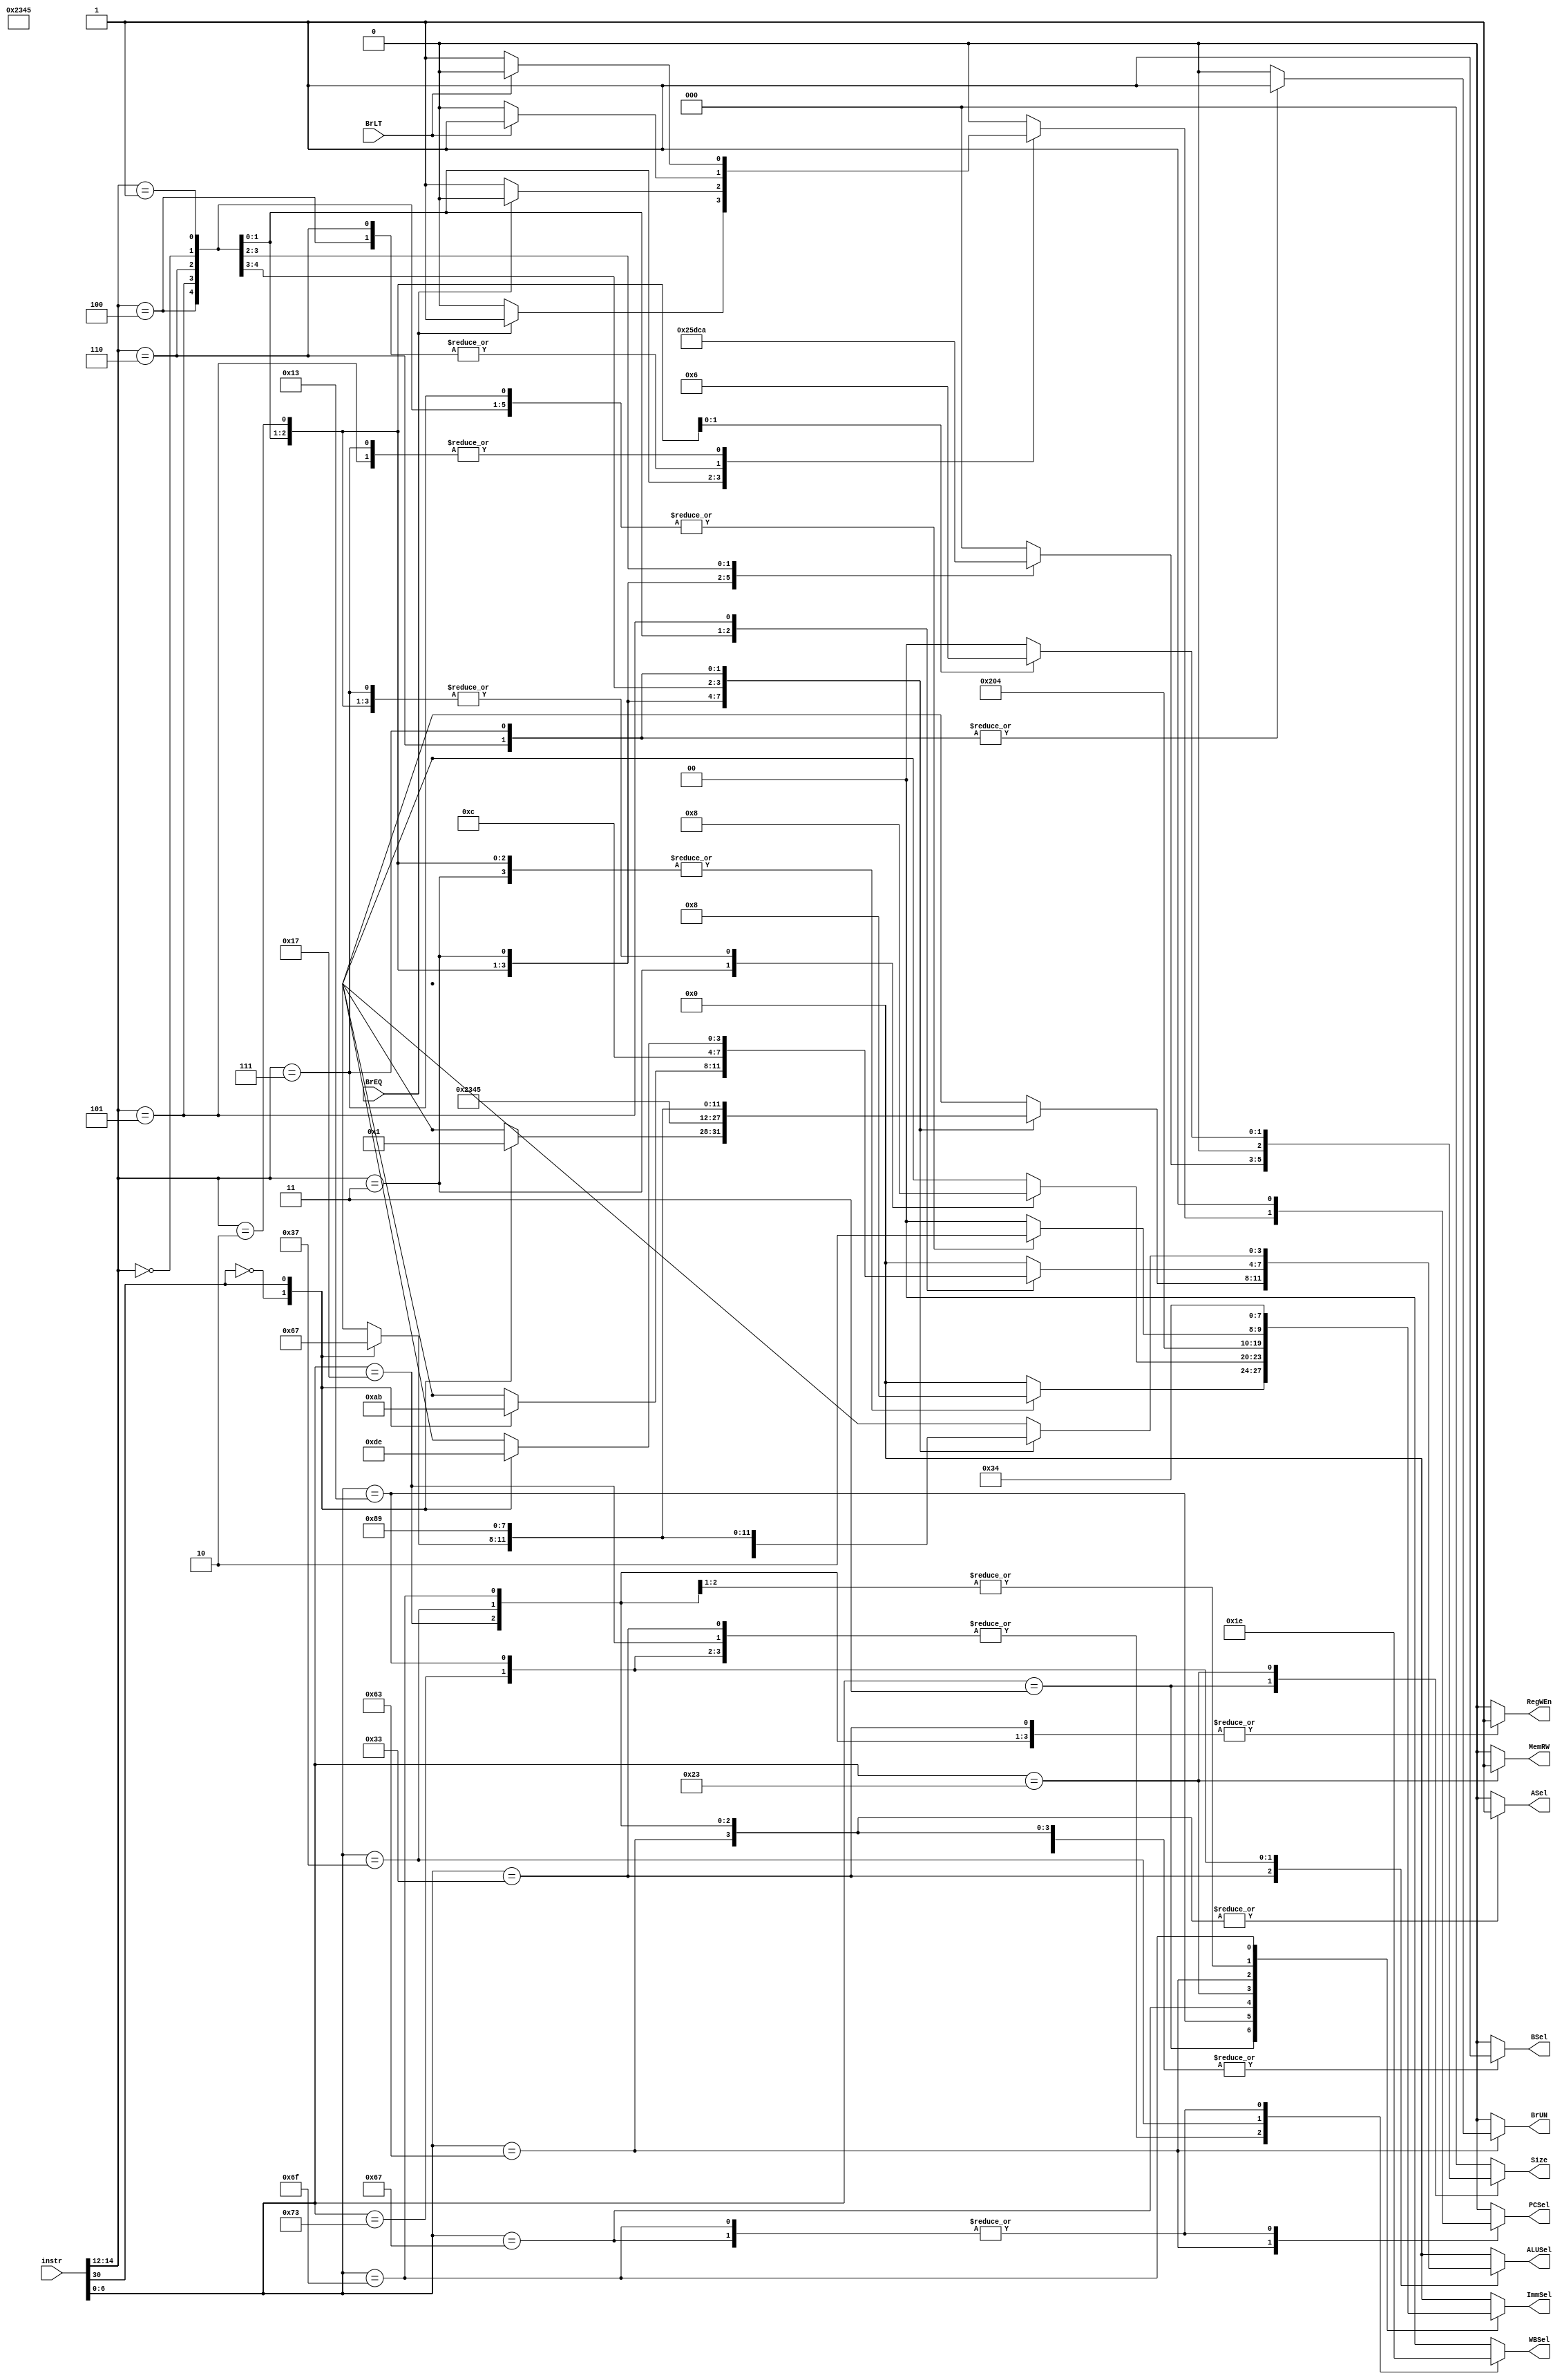
module controller
#(
  parameter integer AWIDTH=32,
  parameter integer DWIDTH=32
 )
 (
   
  input                 BrEQ,
  input                 BrLT,
  input  [DWIDTH-1:0]   instr  ,
  output     reg           PCSel,
  output     reg [3:0]      ImmSel,
  output      reg          RegWEn,
  output      reg          BrUN,
  output    reg            ASel,
  output     reg           BSel,
  output  reg [3:0]        ALUSel,
  output   reg             MemRW,
  output    reg   [1:0]     WBSel,
  output reg [2:0]          Size

 );
 localparam  rtype1 = 7'b0110011, rtype2 = 7'b01110011, itype1 = 7'b0000011 , itype2 = 7'b0001111, itype3 = 7'b0010011,
                  itype4 = 7'b0011011 ,itype5 = 7'b1100111 , itype6 = 7'b1110011, stype = 7'b0100011, sbtype = 7'b1100011, utype1 = 7'b0010111,
                  utype2 = 7'b0110111, ujtype = 7'b1101111 ;


  //for ALUSel
  localparam  add=4'b0000 , sub=4'b0001 , sll=4'b0010 , slt=4'b0011 , sltu=4'b0100 ,
                   xorr=4'b0101 , srl=4'b0110 , sra=4'b0111 , orr=4'b1000 , andd=4'b1001 ,
                   addw=4'b1010 ,subw=4'b1011 ,sllw=4'b1100 ,srlw=4'b1101 ,sraw=4'b1110 ;
  reg [6:0] opcode;
  reg [2:0] func3;
  reg [6:0] func7;
always @ (*) begin
  opcode <= instr [6:0];
  func3 <= instr [14:12];
  func7 <= instr [31:25];
  case (opcode)
    rtype1: begin
      case (func3)
        3'b000: begin
          case (func7[5])
            1'b0:  ALUSel <= add;
            1'b1:  ALUSel <= sub;
          endcase
        end
        3'b001: begin
          ALUSel <= sll;
        end
        3'b010: begin
          ALUSel <= slt;
        end
        3'b011: begin
          ALUSel <= sltu;
        end 
        3'b100: begin
          ALUSel <= xorr;
        end
        3'b101: begin
          case (func7[5])
            1'b0:  ALUSel <= srl;
            1'b1:  ALUSel <= sra;
          endcase
        end
        3'b110: begin
          ALUSel <= orr;
        end
        3'b111: begin
          ALUSel <= andd;
        end
      endcase
      {PCSel,ImmSel,RegWEn,BrUN,ASel,BSel,MemRW,WBSel,Size} <= { 1'b0,{4'b0000},1'b1,1'b0,1'b0,1'b0,1'b0,{2'b01},{3'b000} };
    end
    rtype2: begin
      case (func3)
        3'b000: begin
          case (func7[5])
            1'b0:  ALUSel <= addw;
            1'b1:  ALUSel <= subw;
          endcase
        end
        3'b001: begin
          ALUSel <= sllw;
        end
        3'b101: begin
          case (func7[5])
            1'b0:  ALUSel <= srlw;
            1'b1:  ALUSel <= sraw;
          endcase
        end
        default: begin
            ALUSel <= add;
        end
      endcase
    {PCSel,ImmSel,RegWEn,BrUN,ASel,BSel,MemRW,WBSel,Size} <= { 1'b0,{4'b0000},1'b1,1'b0,1'b0,1'b0,1'b0,{2'b01} ,{3'b000}};
    end
    itype1: begin
      case (func3)
        3'b000: begin
          ImmSel <= 4'b1000;
          Size   <= 3'b100;
        end
        3'b001: begin
          ImmSel <= 4'b1000;
          Size   <= 3'b101;
        end
        3'b010: begin
          ImmSel <= 4'b1000;
          Size   <= 3'b110;
        end
        3'b011: begin
          ImmSel <= 4'b1000;
          Size   <= 3'b111;
        end 
        3'b100: begin
          ImmSel <= 4'b0000;
          Size   <= 3'b000;
        end
        3'b101: begin
          ImmSel <= 4'b0000;
          Size   <= 3'b001;
        end
        3'b110: begin
          ImmSel <= 4'b0000;
          Size   <= 3'b010;
        end
        default: begin
          ImmSel <= 4'b0000;
          Size   <= 3'b000; 
        end
      endcase
      {PCSel,RegWEn,BrUN,ASel,BSel,MemRW,WBSel,ALUSel} <= { 1'b0,1'b1  ,1'b0,1'b0,1'b1,1'b0,2'b00, 4'b0000 };
    end
    //not to be implemented 
    // itype2: begin
      
    // end
    itype3: begin
      case (func3)
        3'b000: begin
          ImmSel <= 4'b1000;
          ALUSel <= 4'b0000;
        end
        3'b001: begin
          ImmSel <= 4'b1000;
          ALUSel <= 4'b0010;
        end
        3'b010: begin
          ImmSel <= 4'b1000;
          ALUSel <= 4'b0011;
        end
        3'b011: begin
          ImmSel <= 4'b0000;
          ALUSel <= 4'b0100;
        end 
        3'b100: begin
          ImmSel <= 4'b1000;
          ALUSel <= 4'b0101;
        end
        3'b101: begin
          ImmSel <= 4'b1000;
          case (func7[5]) 
            1'b0: ALUSel <= 4'b0110;
            1'b1: ALUSel <= 4'b0111;
          endcase
        end
        3'b110: begin
          ImmSel <= 4'b1000;
          ALUSel <= 4'b1000;
        end
        3'b111: begin
          ImmSel <= 4'b1000;
          ALUSel <= 4'b1001;
        end
        default: begin
            ImmSel <= 4'b0000;
            ALUSel <= 4'b0000;
        end
      endcase
      //other control signals will be same
      {PCSel,RegWEn,BrUN,ASel,BSel,MemRW,WBSel , Size} <=  { 1'b0,1'b1,  1'b0,1'b0,1'b1,1'b0, {2'b01}, {3'b000}};
    end
    //Not to be implemented at the moment
    // itype4: begin
      
    // end
    itype5: begin
      PCSel <= 1'b1;
      RegWEn<= 1'b1;
      BrUN  <= 'b0;
      ASel  <= 1'b0;
      BSel  <= 1'b1;
      MemRW <= 1'b0;
      WBSel <= 2'b10;
      Size  <= 'b0;
      ALUSel<= 4'b0000;
      ImmSel<= 4'b1000;
    end
    //Not to be implemented
    // itype6: begin
      
    // end
    //Store
    stype: begin
      case (func3)
        3'b000: begin
          Size <= 3'b000;
        end
        3'b001: begin
          Size <= 3'b001;
        end
        3'b010: begin
          Size <= 3'b010;
        end
        //Store Double Word (Not to be implemented)
        3'b011: begin
          Size <= 3'b000;   //Dummy
        end 
        default: begin
            Size = 3'b000;
        end
      endcase
      MemRW <= 1'b1;
      ALUSel<= 4'b0000;
      PCSel <= 1'b0;
      ImmSel<= 4'b0001;
      BSel  <= 1'b1;
      ASel  <= 1'b0;
      WBSel <= 2'b00;
      RegWEn<= 1'b0;
      BrUN  <= 1'b0;
    end
    sbtype: begin
      RegWEn<= 1'b0;
      MemRW <= 1'b0;
      ALUSel<= 4'b0000;
      BSel  <= 1'b1;
      ASel  <= 1'b1;
      WBSel <= 2'b00;
      Size  <= 3'b000;
      case (func3)
        3'b000:begin
          ImmSel <= 4'b0010;
          BrUN   <= 1'b0;
          if(BrEQ) begin
            PCSel <= 1'b1;
          end
          else begin
            PCSel <= 1'b0;
          end
        end
        3'b001:begin
          ImmSel <= 4'b0010;
          BrUN   <= 1'b0;
          if(BrEQ) begin
            PCSel <= 1'b0;
          end
          else begin
            PCSel <= 1'b1;  
          end
        end
        3'b100:begin
          ImmSel <= 4'b0010;
          BrUN   <= 1'b0;
          if(BrLT) begin
            PCSel <= 1'b1;
          end
          else begin
            PCSel <= 1'b0;
          end
        end
        3'b101:begin
          ImmSel <= 4'b0010;
          BrUN   <= 1'b0;
          if(BrLT) begin
            PCSel <= 1'b0;
          end
          else begin
            PCSel <= 1'b1;
          end
        end
        3'b110:begin
          ImmSel <= 4'b0010;
          BrUN   <= 1'b1;
          if(BrLT) begin
            PCSel <= 1'b1;
          end
          else begin
            PCSel <= 1'b0;
          end
        end
        3'b111:begin
          ImmSel <= 4'b0010;
          BrUN   <= 1'b1;
          if(BrLT) begin
            PCSel <= 1'b0;
          end
          else begin
            PCSel <= 1'b1;
          end
        end
        default: begin
            ImmSel <= 4'b0000;
            BrUN   <= 1'b0;
            PCSel  <= 1'b0;
        end
      endcase
    end
    //AUIPC
    utype1: begin
      PCSel  <= 1'b0;
      ImmSel <= 4'b0011;
      BrUN   <= 1'b0;
      ASel   <= 1'b1;
      BSel   <= 1'b1;
      ALUSel <= 4'b0000;
      MemRW  <= 1'b0;
      RegWEn <= 1'b1;
      WBSel  <= 2'b01;
      Size   <= 3'b000;
    end
    utype2: begin
      //LUI
      PCSel  <= 1'b0;
      ImmSel <= 4'b0011;
      BrUN   <= 1'b0;
      ASel   <= 1'b1;
      BSel   <= 1'b1;
      ALUSel <= 4'b0000;
      MemRW  <= 1'b0;
      RegWEn <= 1'b1;
      WBSel  <= 2'b11;
      Size   <= 3'b000;
    end
    ujtype: begin
      WBSel <= 2'b10;
      RegWEn<= 1'b1;
      MemRW <= 1'b0;
      ALUSel<= 4'b0000;
      Size  <= 3'b000;
      ImmSel<= 4'b0100;
      ASel  <= 1'b1;
      BSel  <= 1'b1;
      BrUN  <= 1'b0;
      PCSel <= 1'b1;
    end
    default: begin
      {PCSel,ImmSel,RegWEn,BrUN,ASel,BSel,ALUSel,MemRW,WBSel,Size} <= { 1'b0,{4'b0000},1'b0,1'b0,1'b0,1'b0,{4'b0000},1'b0,{2'b00} ,{4'b000}};
    end
  endcase

end
endmodule